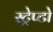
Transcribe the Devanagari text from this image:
स्ट्रेप्टो